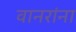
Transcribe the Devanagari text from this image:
वानरांना